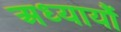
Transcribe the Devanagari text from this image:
अध्यायौं